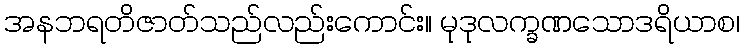
အနဘရတိဇာတ်သည်လည်းကောင်း။ မုဒုလက္ခဏသောဒရိယာစ၊